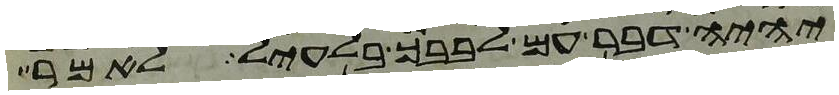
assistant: יהיה דבר עם לבבך בלעיל לאמר